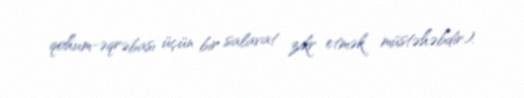
qohum-əqrəbası üçün bir salavat zikr etmək müstəhəbdir).